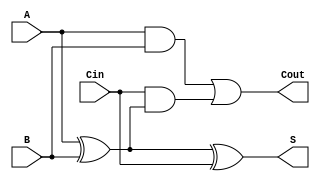
module FullAdder (
    input wire A,      // First input bit
    input wire B,      // Second input bit
    input wire Cin,    // Carry-in bit
    output wire S,     // Sum output
    output wire Cout   // Carry-out output
);

// Internal signals
wire AxorB;          // Intermediate signal for A XOR B
wire AandB;          // Intermediate signal for A AND B
wire CinAndAxorB;    // Intermediate signal for Cin AND (A XOR B)

// Compute the sum output using XOR gates
assign AxorB = A ^ B;          // A XOR B
assign S = AxorB ^ Cin;        // S = (A XOR B) XOR Cin

// Compute the carry-out output using AND and OR gates
assign AandB = A & B;          // A AND B
assign CinAndAxorB = Cin & AxorB; // Cin AND (A XOR B)
assign Cout = AandB | CinAndAxorB; // Cout = (A AND B) OR (Cin AND (A XOR B))

endmodule